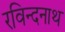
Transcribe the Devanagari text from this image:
रविन्दनाथ